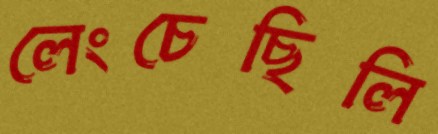
লেংচেছিলি